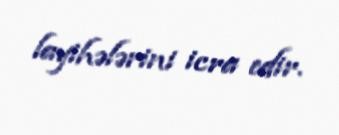
layihələrini icra edir.